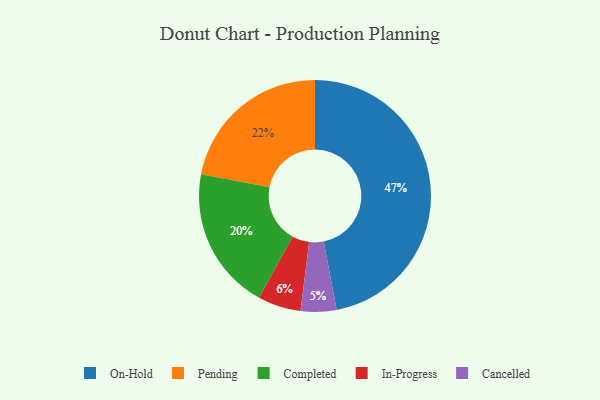
{"axis": {"x": "Category", "y": "Percentage"}, "legend": ["Cancelled", "Completed", "In-Progress", "On-Hold", "Pending"], "data": [{"x": "Cancelled", "y": 5, "type": "Cancelled"}, {"x": "On-Hold", "y": 47, "type": "On-Hold"}, {"x": "Pending", "y": 22, "type": "Pending"}, {"x": "In-Progress", "y": 6, "type": "In-Progress"}, {"x": "Completed", "y": 20, "type": "Completed"}]}